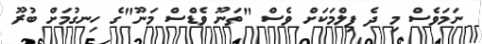
ނަމަވެސް މި ދެ ފިލްމަކަށް ވެސް "ތަނޫ ވެޑްސް މަނޫ"ގެ ހިނގުމަށް ބުރޫ